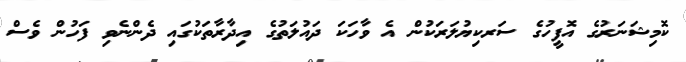
ކޮމިޝަނަރުގެ އޮފީހުގެ ސަރކިޔުލަރަކުން އެ ވާހަކަ ދައުލަތުގެ އިދާރާތަކުގައި ދެންނެވި ފަހުން ވެސް